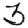
Digit: 3